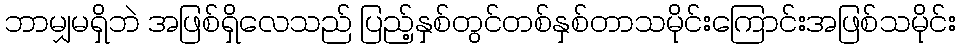
ဘာမျှမရှိဘဲ အဖြစ်ရှိလေသည် ပြည့်နှစ်တွင်တစ်နှစ်တာသမိုင်းကြောင်းအဖြစ်သမိုင်း